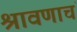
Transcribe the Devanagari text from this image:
श्रावणाचं